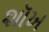
શૉખ